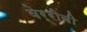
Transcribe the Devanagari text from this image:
वेर्रीबी